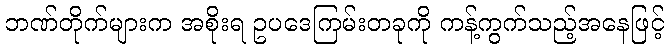
ဘဏ်တိုက်များက အစိုးရ ဥပဒေကြမ်းတခုကို ကန့်ကွက်သည့်အနေဖြင့်